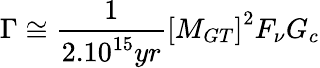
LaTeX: \Gamma\cong\frac{1}{2.10^{15}yr}\left[M_{GT}\right]^{2}F_{\nu}G_{c}